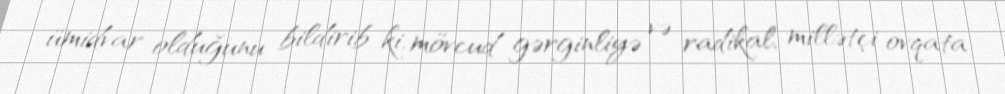
ümidvar olduğunu bildirib ki, mövcud gərginliyə və radikal, millətçi ovqata